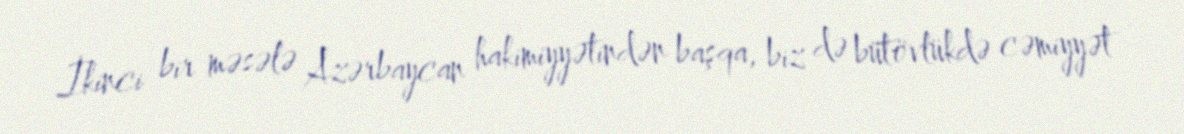
İkinci bir məsələ Azərbaycan hakimiyyətindən başqa, biz də bütövlükdə cəmiyyət